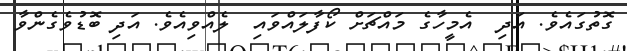
ގޮތުގައެވެ. އަދި  އެމީހާގެ މައްޗަށް ކޯފާލައްވައި  ލެއްވިއެވެ. އަދި ބޮޑުވެގެންވާ